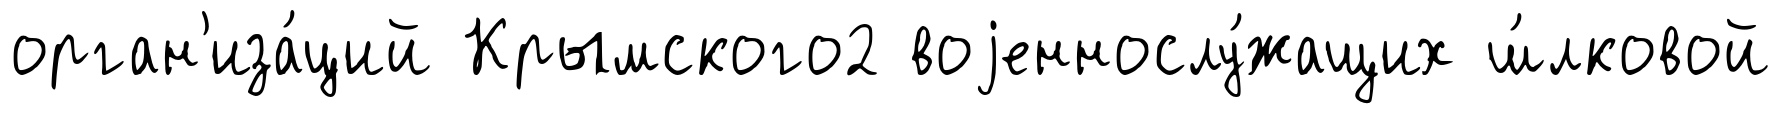
орган'иза́ций Крымского2 воjеннослу́жащих ш́лковой